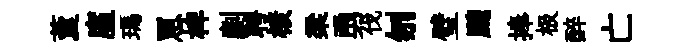
藑廑瑪罳椑劘聘榱梁勇伐刎璧颼捧极醉亡